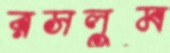
রসলুম